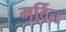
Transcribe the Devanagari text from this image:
मर्दित